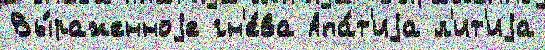
Вы́раженноjе гн'е́ва Апа́т'иjа л'ит'иjа